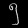
Digit: ၅